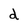
Character: d